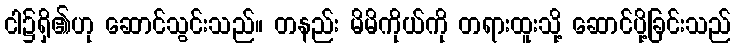
ငါ၌ရှိ၏ဟု ဆောင်သွင်းသည်။ တနည်း မိမိကိုယ်ကို တရားထူးသို့ ဆောင်ပို့ခြင်းသည်